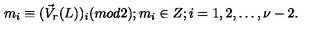
m _ { i } \equiv ( \vec { V } _ { r } ( L ) ) _ { i } ( m o d 2 ) ; m _ { i } \in Z ; i = 1 , 2 , \ldots , \nu - 2 .